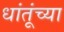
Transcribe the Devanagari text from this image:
धांतूंच्या